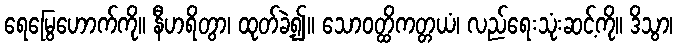
ရေမြွေဟောက်ကို။ နီဟရိတွာ၊ ထုတ်ခဲ့၍။ သောဝတ္ထိကတ္တယံ၊ လည်ရေးသုံးဆင့်ကို။ ဒိသွာ၊